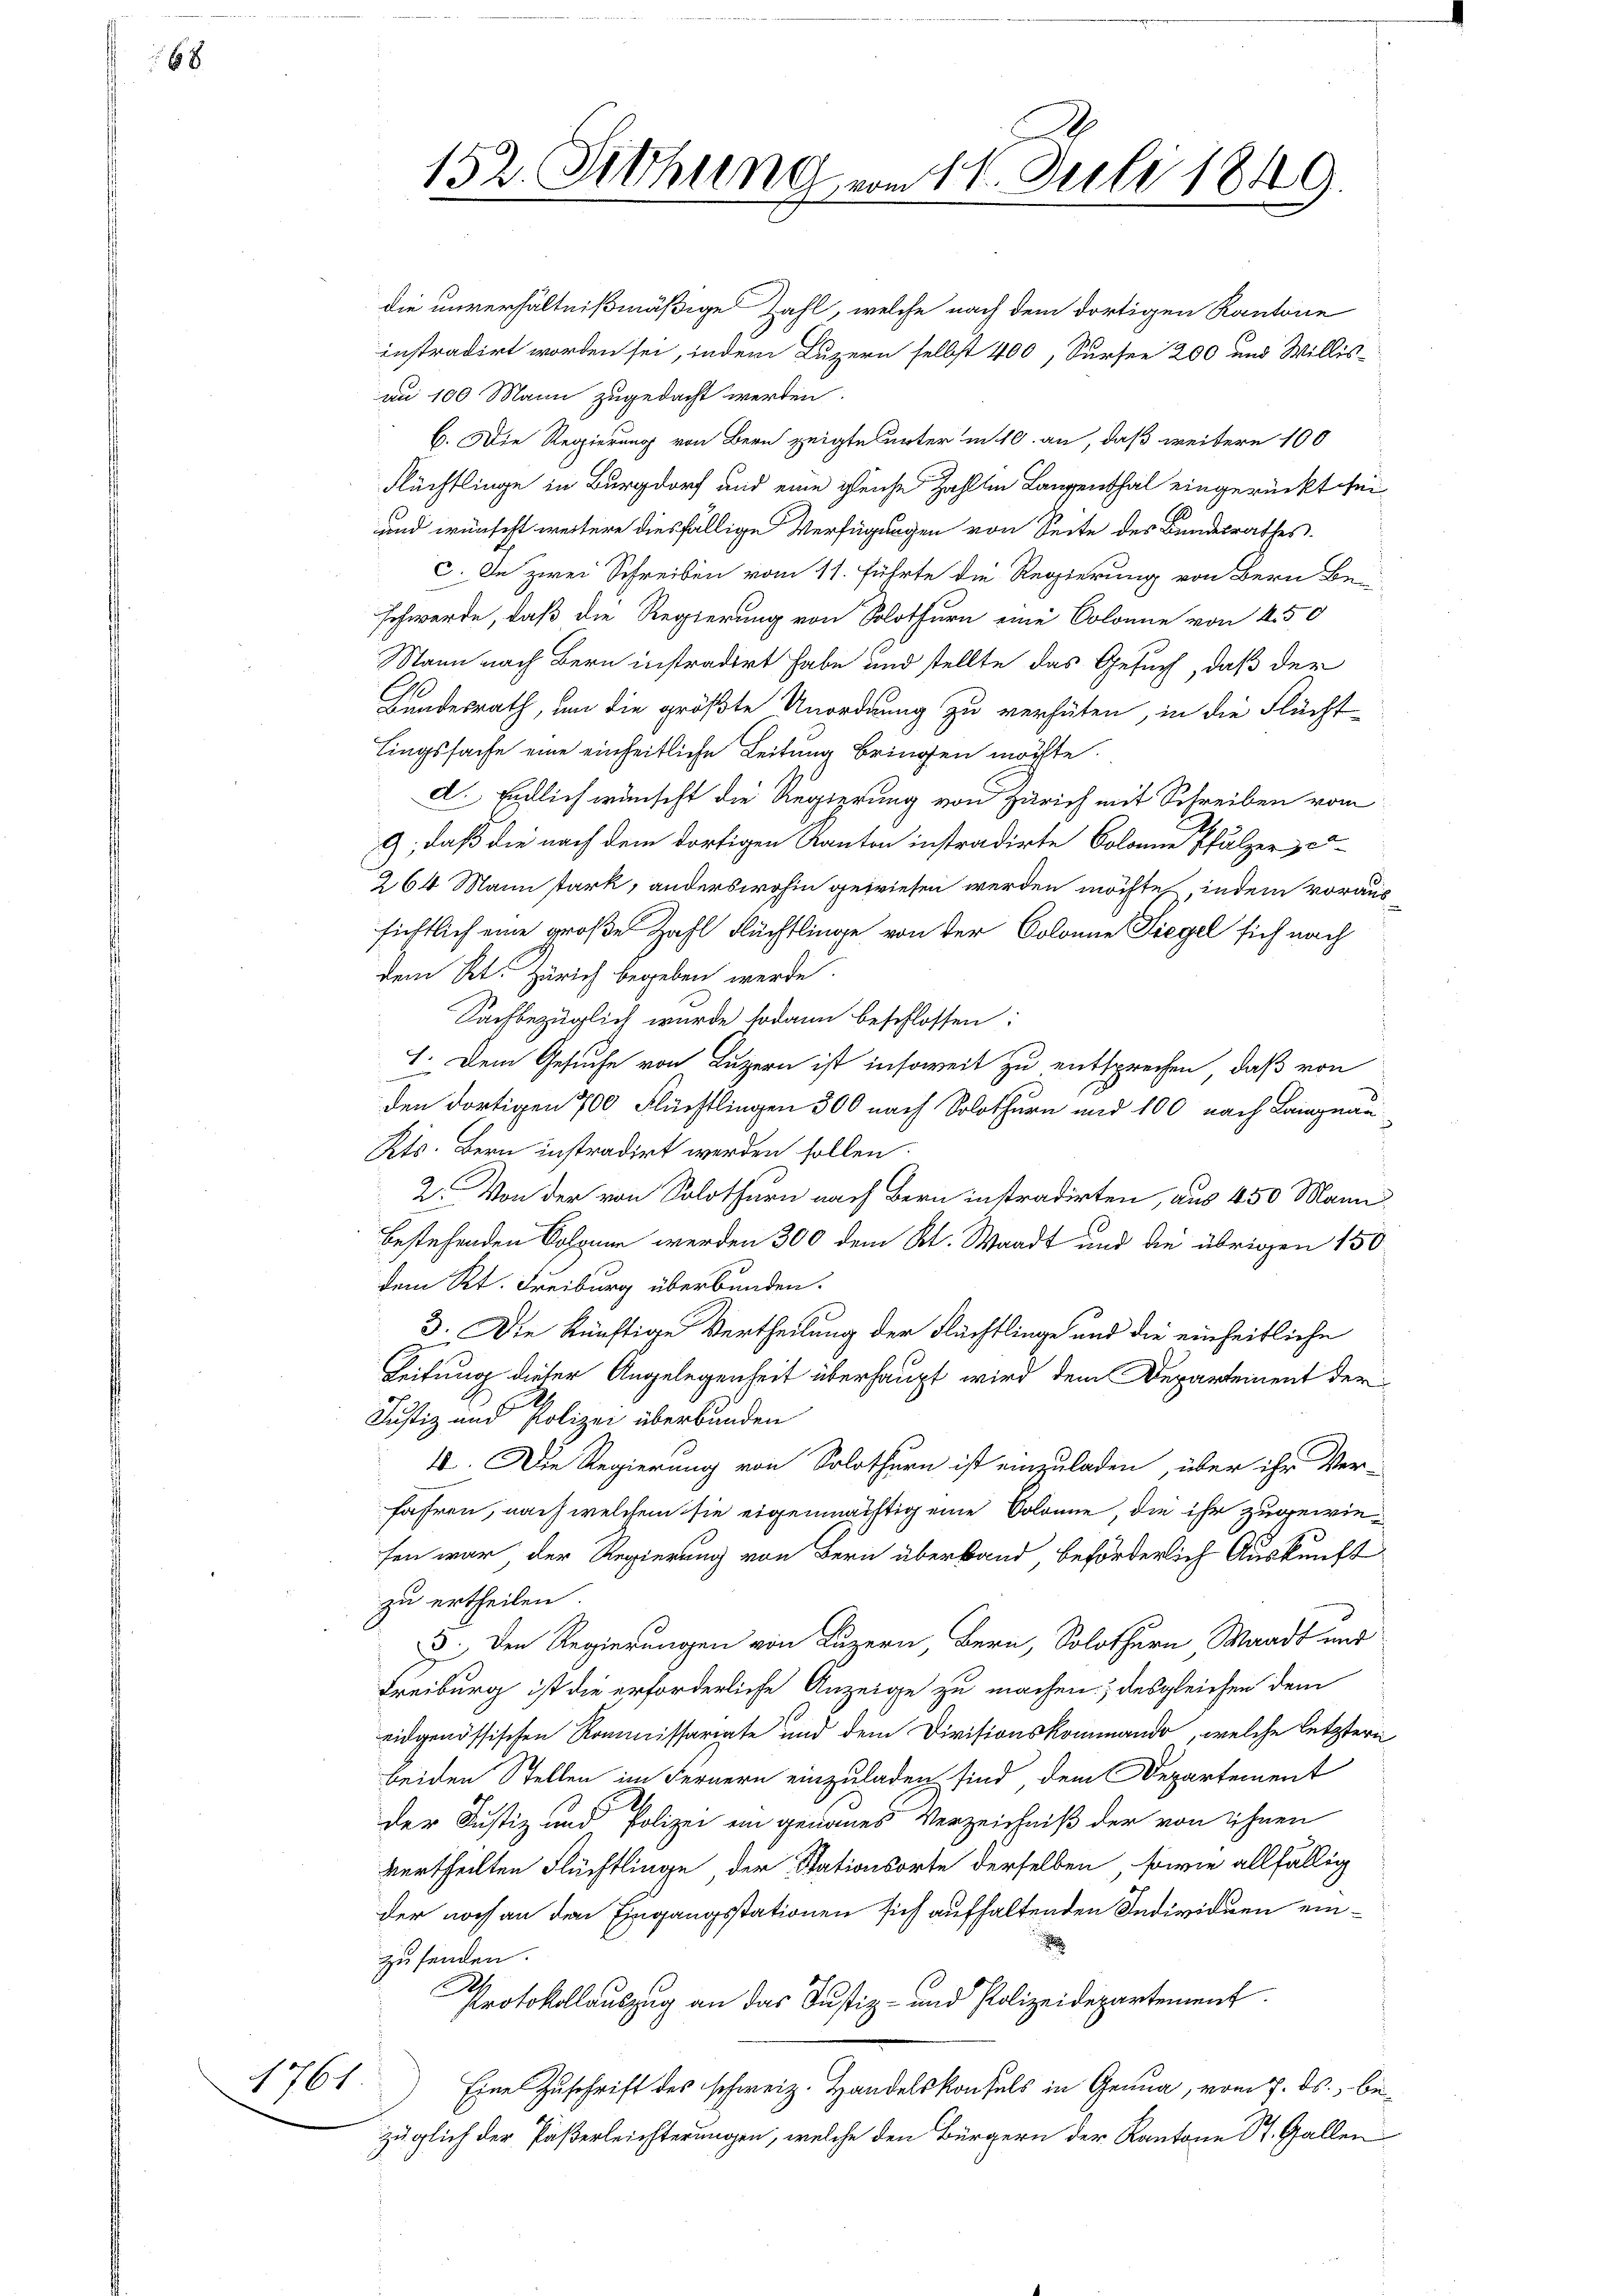
68

1761

152. Siehung vom 14. Juli 1849.
d

die unverhältnißmäßige Zahl, welche nach dem dortigen Kantone
instradirt worden sei, indem Luzern selbst 400, Sursee 200 und Willisan 100 Mann zugedacht werden.
b. Die Regierung von Bern zeigte unterm 10. an, daß weitere 100
Flüchtlinge in Burgdorf und eine gleiche Zahlten Langenthal eingerückt sei¬
und wünscht weitere diesfällige Verfügungen von Seite des Bundesrathes
c. In zwei Schreiben vom 11. führte die Regierung von Bern Beschwerde, daß die Regierung von Solothurn eine Colonne von 450
Wann nach Bern instradirt habe und stellte das Gesuch, daß der
Bundesrath, um die größte Unordnung zu verhüten, in die Flücht
tingssache eine einheitliche Leitung bringen möchte.
d. Endlich wünscht die Regierung von Zürich mit Schreiben vom
9; daß die nach dem dortigen Kanton instradirte Colonne Pfulzer zu
264 Mann stark, anderswohin gewiesen werden möchte, indem voraussichtlich eine große Zahl Flüchtlinge von der Colonne Liegel sich nach
dem Kt. Zürich begeben werde.
Sachbezüglich wurde sodann beschlossen:
1. Dem Gesuche von Luzern ist insoweit zu entsprechen, daß von
den dortigen 700 Flüchtlingen 300 nach Solothurn und 100 nach Langnau
Kts. Bern instradirt werden sollen.
2. Von der von Solothurn nach Bern instradirten, aus 450 Mann
bestehenden Johann werden 300 dem Kl. Waadt und die übrigen 150
dem Rt. Freiburg überbunden.
3. Die künftige Vertheilung der Flüchtlinge und die einheitliche
Leitung dieser Angelegenheit überhaupt wird dem Departement der
Justiz und Polizei überbunden
40. Die Regierung von Solothurn ist einzuladen, über ihr Ver-
fahren, nach welchem sie eigenmächtig eine Solonne die ihr zugewiefen war, der Regierung von Bern überband beförderlich Auskunft
zu ertheilen.
3. Den Regierungen von Luzern Bern, Solothurn Waadt und
Freiburg ist die erforderliche Anzeige zu machen; desgleichen dem
eidgenössischen Kommissariate und dem Divisionskommando, welche letztern
beiden Stellen im Fernern einzuladen sind, dem Departement
der Justiz und Polizei ein genaues Verzeichniß der von ihnen
vertheilten Flüchtlinge der Stationsorte derselben sowie allfällig
der noch an den Eingangsstationen sich aufhaltenden Individuen einzusenden.
Ih
Protokollauszug an das Justiz- und Polizeidepartement
Eine Zuschrift des schweiz. Handelskonsuls in Genua, vom 7. ds., bezüglich der Päßerleichterungen, welche den Bürgern der Kantone St. Gallen